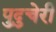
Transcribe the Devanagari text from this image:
पुदु्चेरी